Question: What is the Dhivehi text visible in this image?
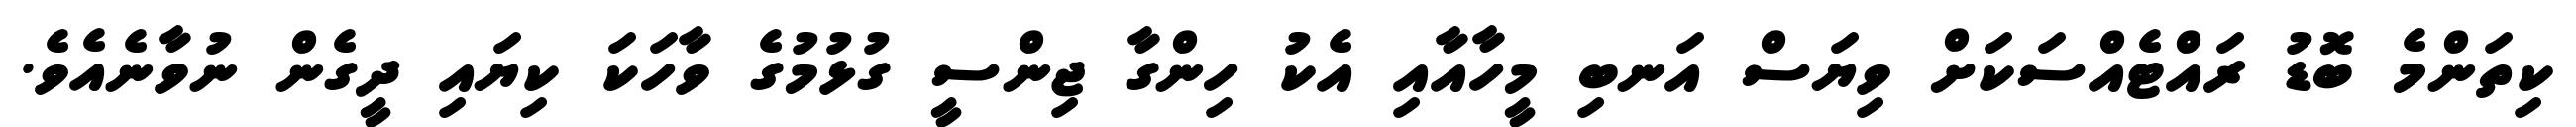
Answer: ކިތަންމެ ބޮޑު ރައްޓެއްސަކަށް ވިޔަސް އަނބި މީހާއާއި އެކު ހިންގާ ޖިންސީ ގުޅުމުގެ ވާހަކަ ކިޔައި ދީގެން ނުވާނެއެވެ.